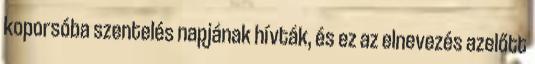
koporsóba szentelés napjának hívták, és ez az elnevezés azelőtt